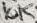
Text: 10K